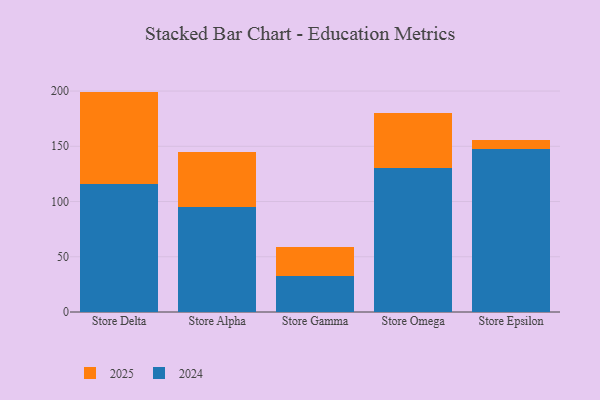
{"axis": {"x": "Store", "y": "Backlog"}, "legend": ["2024", "2025"], "data": [{"x": "Store Delta", "y": 84.0, "type": "2025"}, {"x": "Store Delta", "y": 115.5, "type": "2024"}, {"x": "Store Alpha", "y": 50.1, "type": "2025"}, {"x": "Store Alpha", "y": 95.1, "type": "2024"}, {"x": "Store Gamma", "y": 26.9, "type": "2025"}, {"x": "Store Gamma", "y": 32.3, "type": "2024"}, {"x": "Store Omega", "y": 50.3, "type": "2025"}, {"x": "Store Omega", "y": 130.2, "type": "2024"}, {"x": "Store Epsilon", "y": 7.8, "type": "2025"}, {"x": "Store Epsilon", "y": 147.9, "type": "2024"}]}